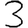
Digit: 3